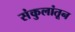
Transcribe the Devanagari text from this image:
संकुलांतून